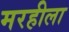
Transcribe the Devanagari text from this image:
मरहीला